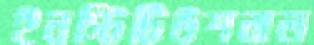
ইনস্টিটিউশনাল